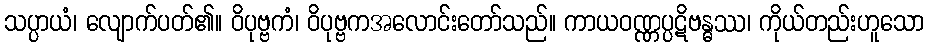
သပ္ပာယံ၊ လျောက်ပတ်၏။ ဝိပုဗ္ဗကံ၊ ဝိပုဗ္ဗကအလောင်းတော်သည်။ ကာယဝဏ္ဏပ္ပဋိဗန္ဓဿ၊ ကိုယ်တည်းဟူသော